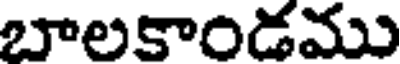
బాలకాండము